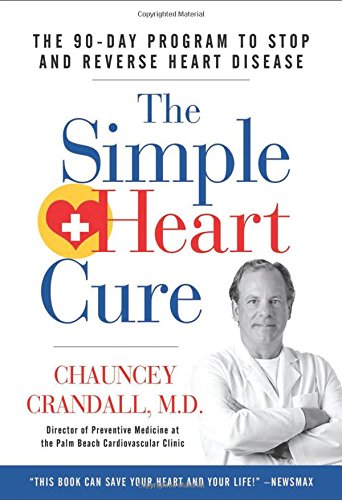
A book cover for The Simple Heart Cure: The 90-Day Program to Stop and Reverse Heart Disease; Chauncey Crandall; Health, Fitness & Dieting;